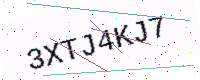
Text: 3XTJ4KJ7